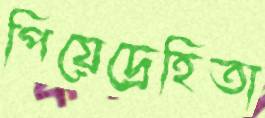
পিয়েদ্রেহিতা